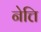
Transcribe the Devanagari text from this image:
नेत्ति